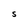
Character: S